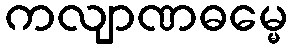
ကလျာဏဓမ္မေ